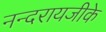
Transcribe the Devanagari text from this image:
नन्दरायजीके